Scientific memoirs by medical officers of the Army of India - Part VIII,
Year: 1894
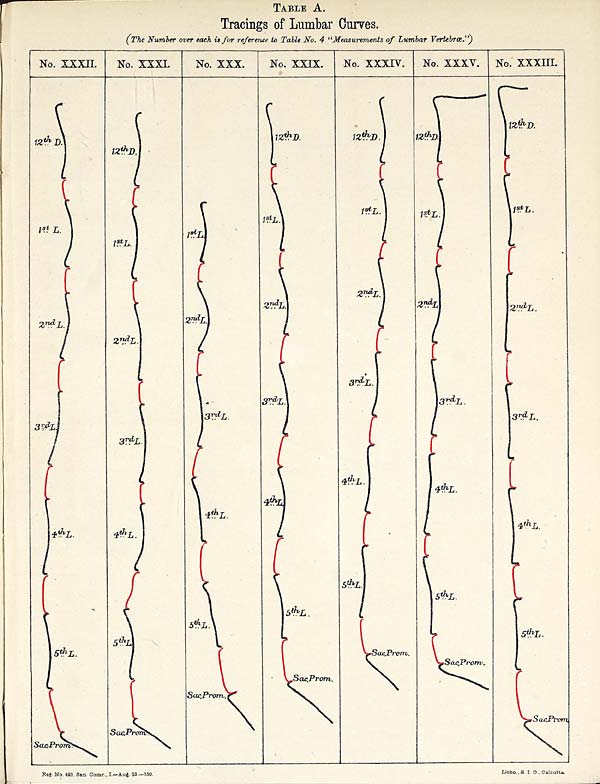
TABLE A.
Tracings of Lumbar Curves.
(The Number over each is for reference to Table No. 4 "Measurements of Lumbar Vertebr œ.")
Reg: No. 493, San. Comr., I.—Au ģ. 93.—350.
Litho., S. I. O. , Calcutta.